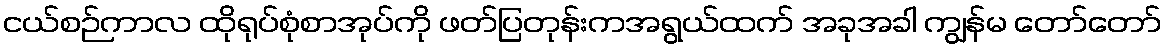
ငယ်စဉ်ကာလ ထိုရုပ်စုံစာအုပ်ကို ဖတ်ပြတုန်းကအရွယ်ထက် အခုအခါ ကျွန်မ တော်တော်